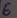
Text: 6